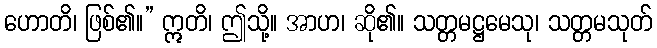
ဟောတိ၊ ဖြစ်၏။” ဣတိ၊ ဤသို့။ အာဟ၊ ဆို၏။ သတ္တမဋ္ဌမေသု၊ သတ္တမသုတ်